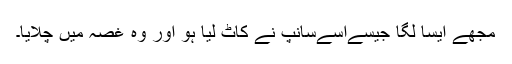
مجھے ایسا لگا جیسےاُسےسانپ نے کاٹ لیا ہو اور وہ غصہ میں چلایا۔